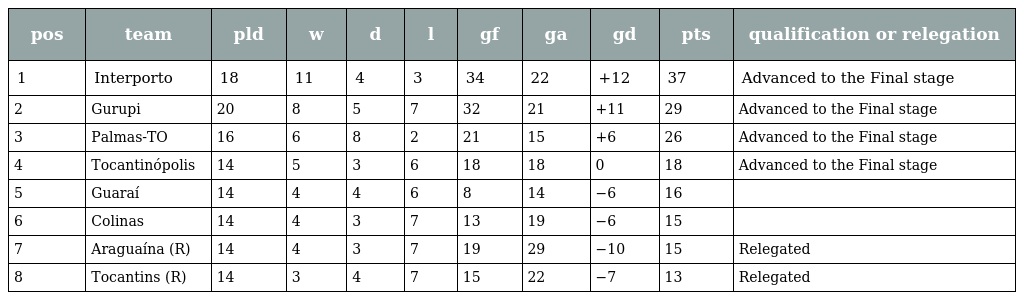
| pos | team | pld | w | d | l | gf | ga | gd | pts | qualification or relegation |
 | --- | --- | --- | --- | --- | --- | --- | --- | --- | --- | --- |
 | 1 | Interporto | 18 | 11 | 4 | 3 | 34 | 22 | +12 | 37 | Advanced to the Final stage |
 | 2 | Gurupi | 20 | 8 | 5 | 7 | 32 | 21 | +11 | 29 | Advanced to the Final stage |
 | 3 | Palmas-TO | 16 | 6 | 8 | 2 | 21 | 15 | +6 | 26 | Advanced to the Final stage |
 | 4 | Tocantinópolis | 14 | 5 | 3 | 6 | 18 | 18 | 0 | 18 | Advanced to the Final stage |
 | 5 | Guaraí | 14 | 4 | 4 | 6 | 8 | 14 | −6 | 16 |  |
 | 6 | Colinas | 14 | 4 | 3 | 7 | 13 | 19 | −6 | 15 |  |
 | 7 | Araguaína (R) | 14 | 4 | 3 | 7 | 19 | 29 | −10 | 15 | Relegated |
 | 8 | Tocantins (R) | 14 | 3 | 4 | 7 | 15 | 22 | −7 | 13 | Relegated |